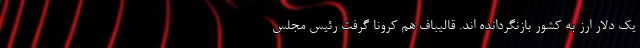
یک دلار ارز به کشور بازنگردانده اند. قالیباف هم کرونا گرفت رئیس مجلس